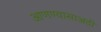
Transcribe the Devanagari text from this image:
आणण्यासाअठी